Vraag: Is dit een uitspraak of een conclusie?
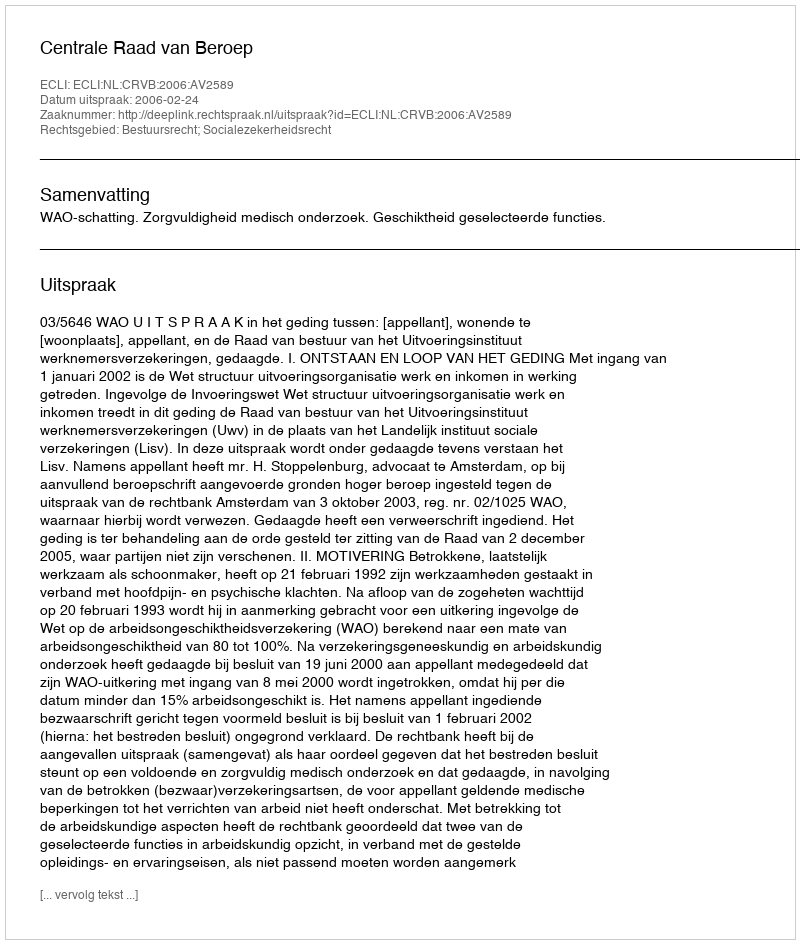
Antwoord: Uitspraak